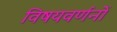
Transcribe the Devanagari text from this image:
विषयवर्णनों